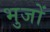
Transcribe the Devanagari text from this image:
भुजों